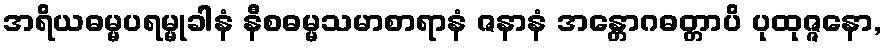
အရိယဓမ္မပရမ္မုခါနံ နီစဓမ္မသမာစာရာနံ ဇနာနံ အန္တောဂဓတ္တာပိ ပုထုဇ္ဇနော,